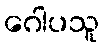
ဂေါပသူ